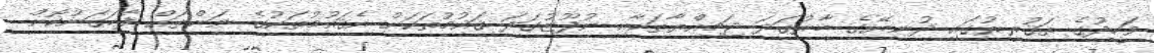
ވަހީދުގެ ތަޤުރީރުގައި ދުނިޔޭގެ ބާރުގަދަ ޖަމިއްޔާތަކާއި ނުފޫޒުގަދަ ޤައުމުތަކަށް އެޤައުމުތަކުގެ ނަންތައް ފާހަގަނުކޮށް